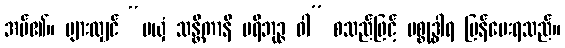
အပ်၏။ များလျှင် “မယှံ သန္တိကာနိ ပရိဘုဉ္ဇ ဝါ” စသည်ဖြင့် ပစ္စုဒ္ဓါရ ပြန်ပေးရသည်။